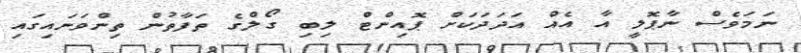
ނަމަވެސް ނާޕޮލީ އާ އެއް އަދަދަކަށް ޕޮއިންޓް ލިބި ގޯލްގެ ތަފާތުން ތިންވަނައިގައި